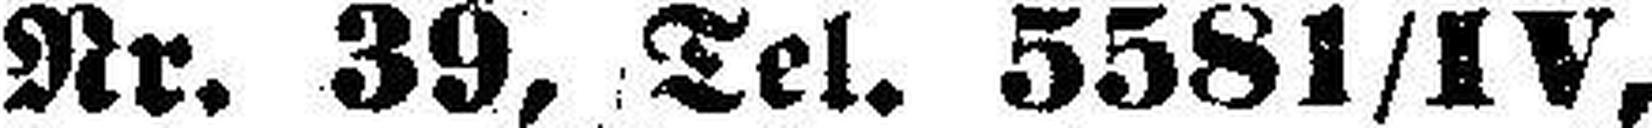
Nr. 39, Tel. 5581/IV,